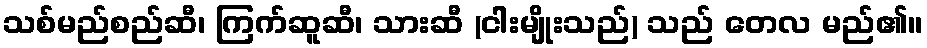
သစ်မည်စည်ဆီ၊ ကြက်ဆူဆီ၊ သားဆီ (ငါးမျိုးသည်) သည် တေလ မည်၏။